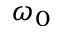
\omega _ { 0 }